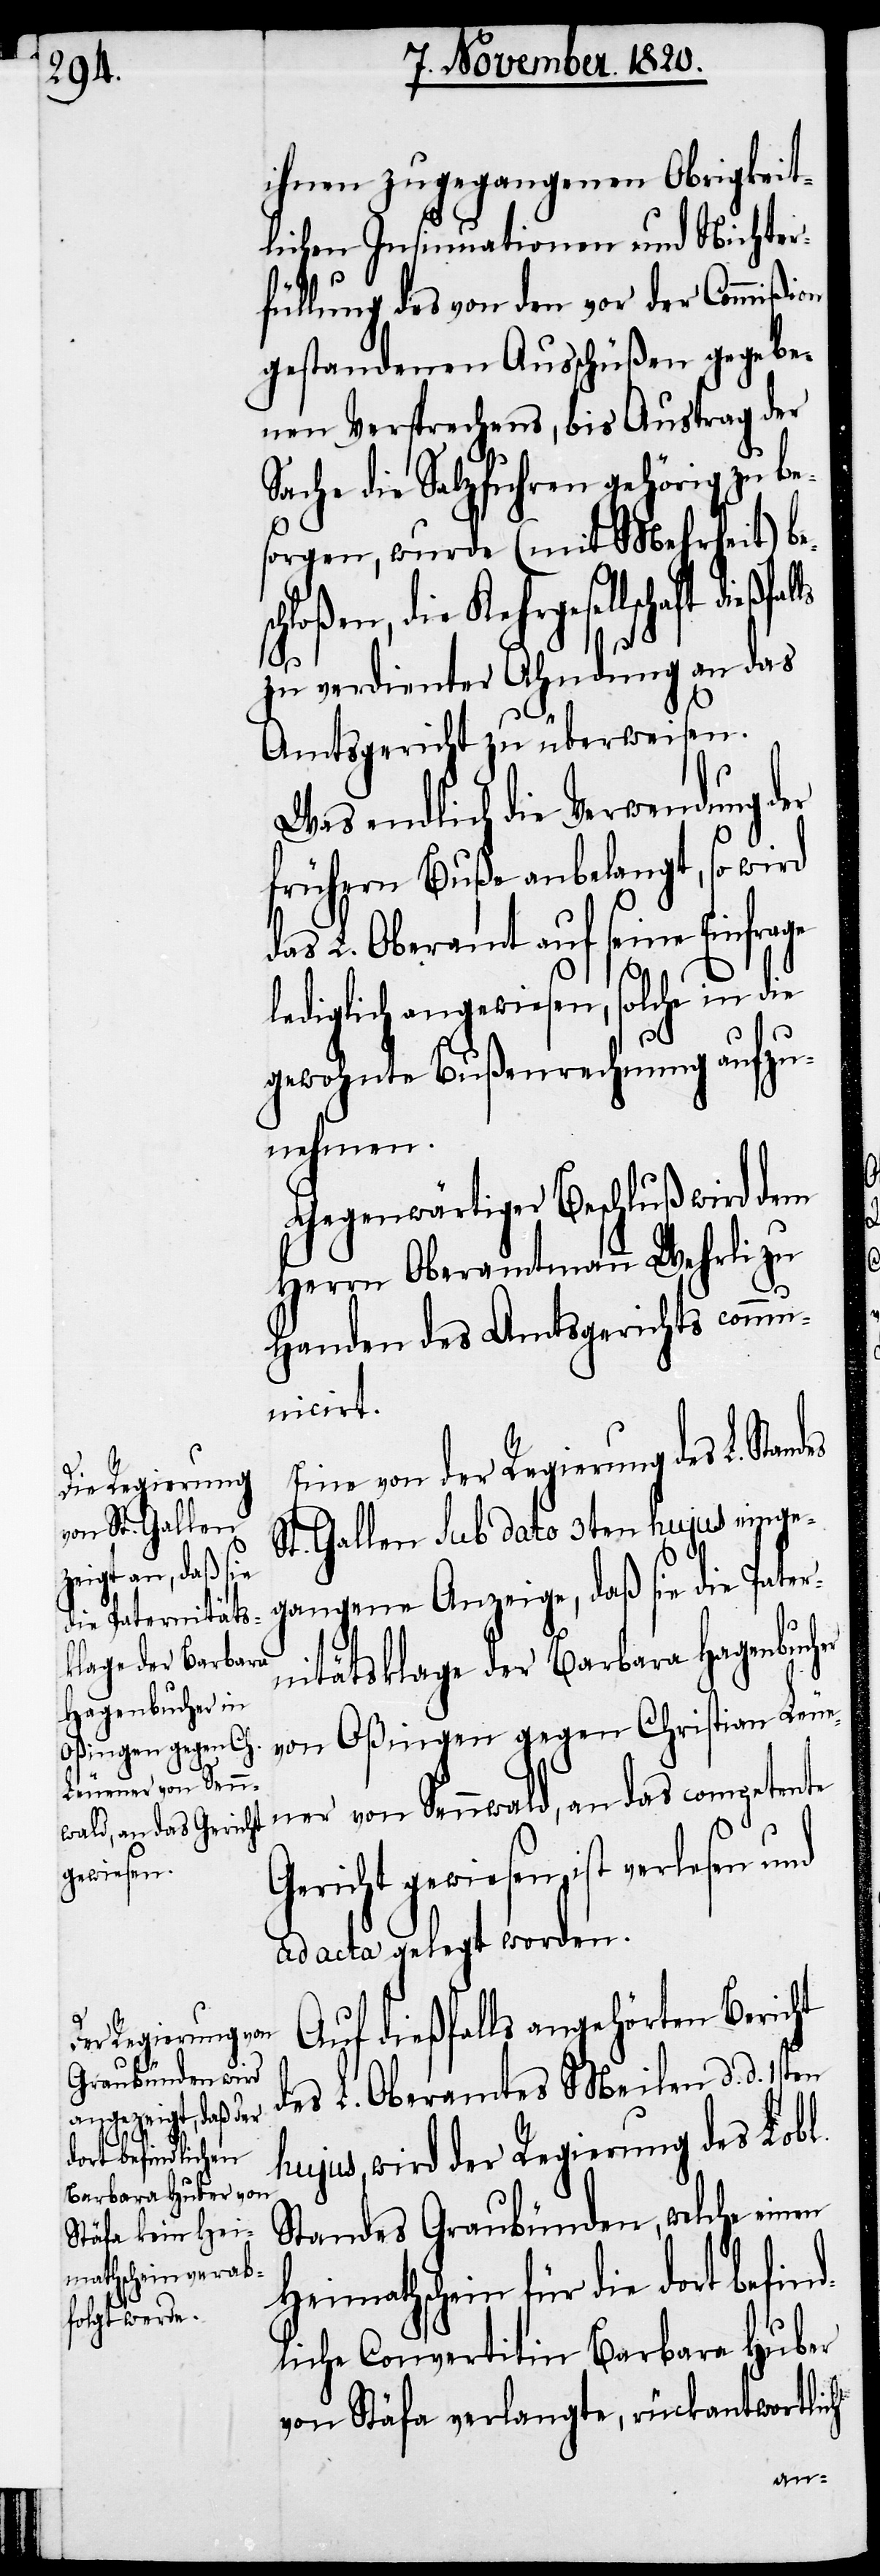
die Paternitäts¬
klage der Barbara
Hagenbucher
nd¬

ihnen zugegangenen Obrigkeit¬
lichen Insinuationen und Nichter¬
füllung des von den vor der Commißion
gestandenen Ausschüßen gegebe¬
nen Versprechens, bis Austrag der
Sache die Salzfuhren gehörig zu be¬
sorgen, wurde ( mit Mehrheit) be¬
hloßen, die Kehrgesellschaft
zu verdienter Ahndung an das
Amtsgericht zu überweisen.
Was endlich die Verwendung der
frühern Buße anbelangt, so wird
das L. Oberamt auf seine Einspra¬
lediglich angewiesen, solche in die
gewohnte Bußenrechnung aufzu¬
nehmen.
Gegenwärtiger Beschluß wird dem
Herrn Oberamtmann Wehrli zu
Handen des Amtsgerichts comm¬
unicirt.
Eine von der Regierung des L. Sta¬
St. Gallen sub dato 3ten hujus einge¬
gangene Anzeige, daß sie
von Oßingen gegen Christian Leue¬
ner von Sennwald, an das competente
Gericht gewiesen, ist verlesen
ad acta gelegt worden.
Auf dießfalls angehörten Bericht
des L. Oberamtes Meilen d. d. 1sten
hujus, wird der Regierung des Lobl.
Standes Graubünden, welche einen
Heimathschein für die dort befi¬
liche Convertitin Barbara Huber
von Stäfa verlangte, rückantwortlich